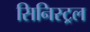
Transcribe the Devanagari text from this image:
सिनिस्ट्रल